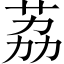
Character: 荔